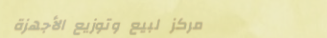
مركز لبيع وتوزيع الأجهزة